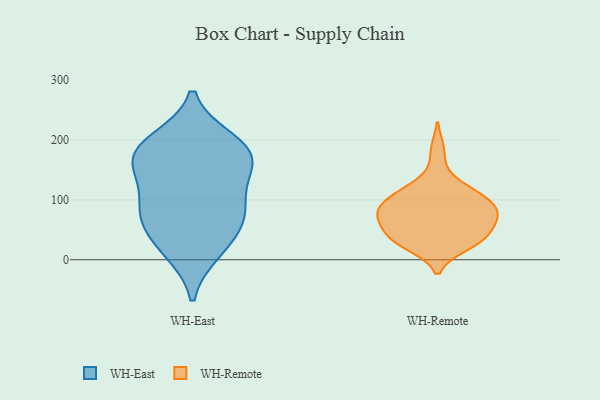
{"axis": {"x": "Shipments", "y": "Value"}, "legend": ["WH-East", "WH-Remote"], "data": [{"x": "", "y": 14, "type": "WH-East"}, {"x": "", "y": 85, "type": "WH-East"}, {"x": "", "y": 58, "type": "WH-East"}, {"x": "", "y": 157, "type": "WH-East"}, {"x": "", "y": 194, "type": "WH-East"}, {"x": "", "y": 22, "type": "WH-East"}, {"x": "", "y": 122, "type": "WH-East"}, {"x": "", "y": 199, "type": "WH-East"}, {"x": "", "y": 182, "type": "WH-East"}, {"x": "", "y": 80, "type": "WH-East"}, {"x": "", "y": 165, "type": "WH-East"}, {"x": "", "y": 77, "type": "WH-East"}, {"x": "", "y": 163, "type": "WH-East"}, {"x": "", "y": 75, "type": "WH-Remote"}, {"x": "", "y": 85, "type": "WH-Remote"}, {"x": "", "y": 75, "type": "WH-Remote"}, {"x": "", "y": 34, "type": "WH-Remote"}, {"x": "", "y": 30, "type": "WH-Remote"}, {"x": "", "y": 73, "type": "WH-Remote"}, {"x": "", "y": 39, "type": "WH-Remote"}, {"x": "", "y": 108, "type": "WH-Remote"}, {"x": "", "y": 94, "type": "WH-Remote"}, {"x": "", "y": 24, "type": "WH-Remote"}, {"x": "", "y": 88, "type": "WH-Remote"}, {"x": "", "y": 45, "type": "WH-Remote"}, {"x": "", "y": 129, "type": "WH-Remote"}, {"x": "", "y": 61, "type": "WH-Remote"}, {"x": "", "y": 29, "type": "WH-Remote"}, {"x": "", "y": 69, "type": "WH-Remote"}, {"x": "", "y": 106, "type": "WH-Remote"}, {"x": "", "y": 182, "type": "WH-Remote"}, {"x": "", "y": 114, "type": "WH-Remote"}]}